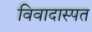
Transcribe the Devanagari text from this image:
विवादास्पत